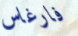
فارغاس